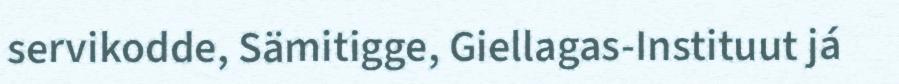
servikodde, Sämitigge, Giellagas-Instituut já